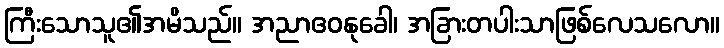
ကြီးသောသူ၏အမိသည်။ အညာဧဝနုခေါ၊ အခြားတပါးသာဖြစ်လေသလော။